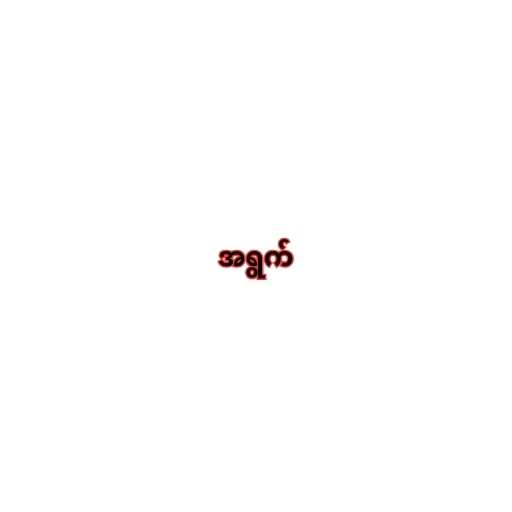
အရွက်